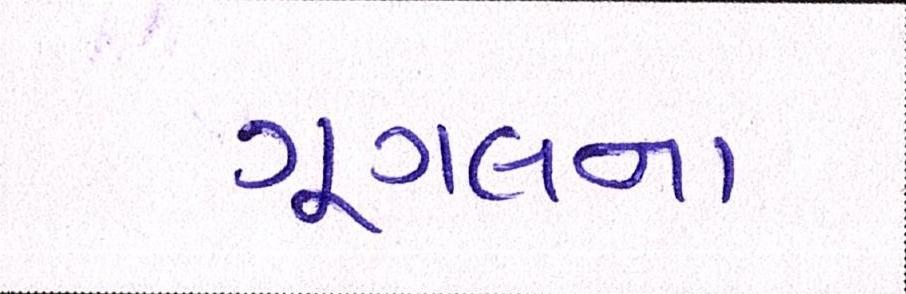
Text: ગૂગલના